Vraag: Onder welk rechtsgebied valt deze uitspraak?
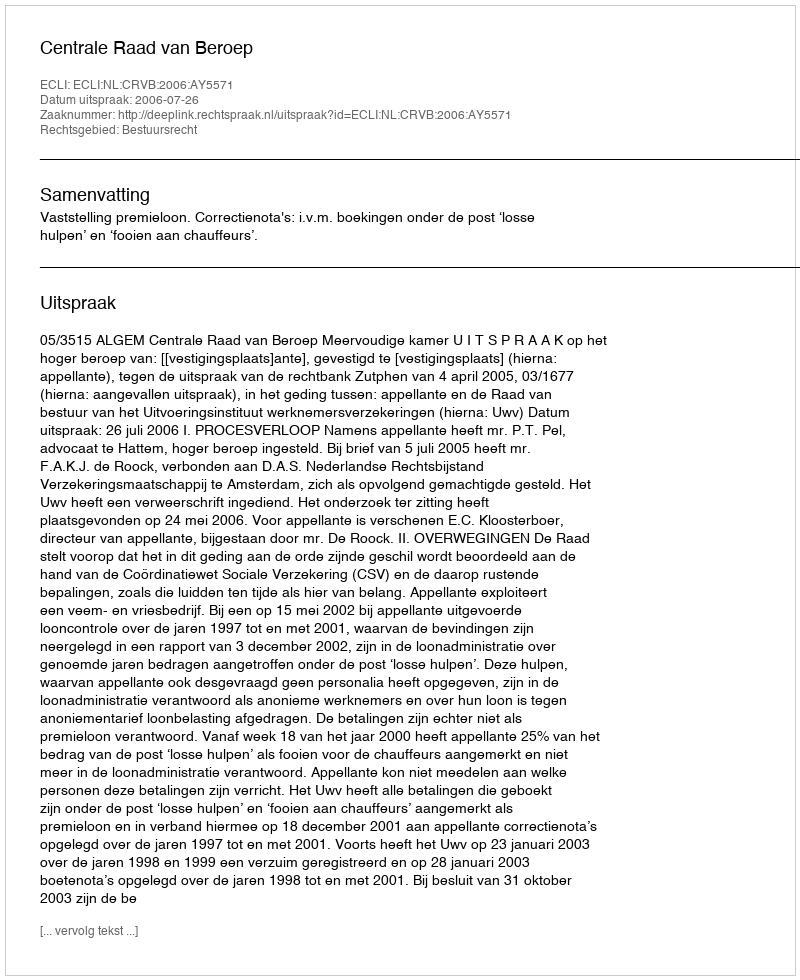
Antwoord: Bestuursrecht